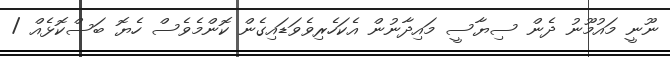
ނޫނީ މައުމޫނު ދެން ސިޔާސީ މައިދާނުން އެކަހެރިވެވަޑައިގެން ކޮންމެވެސް ހެޔޮ ބަސްކޮޅެއް /